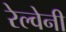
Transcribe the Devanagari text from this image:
रेल्वेनी